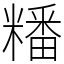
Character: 䊩